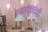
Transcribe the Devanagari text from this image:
स्वायत्ततेची